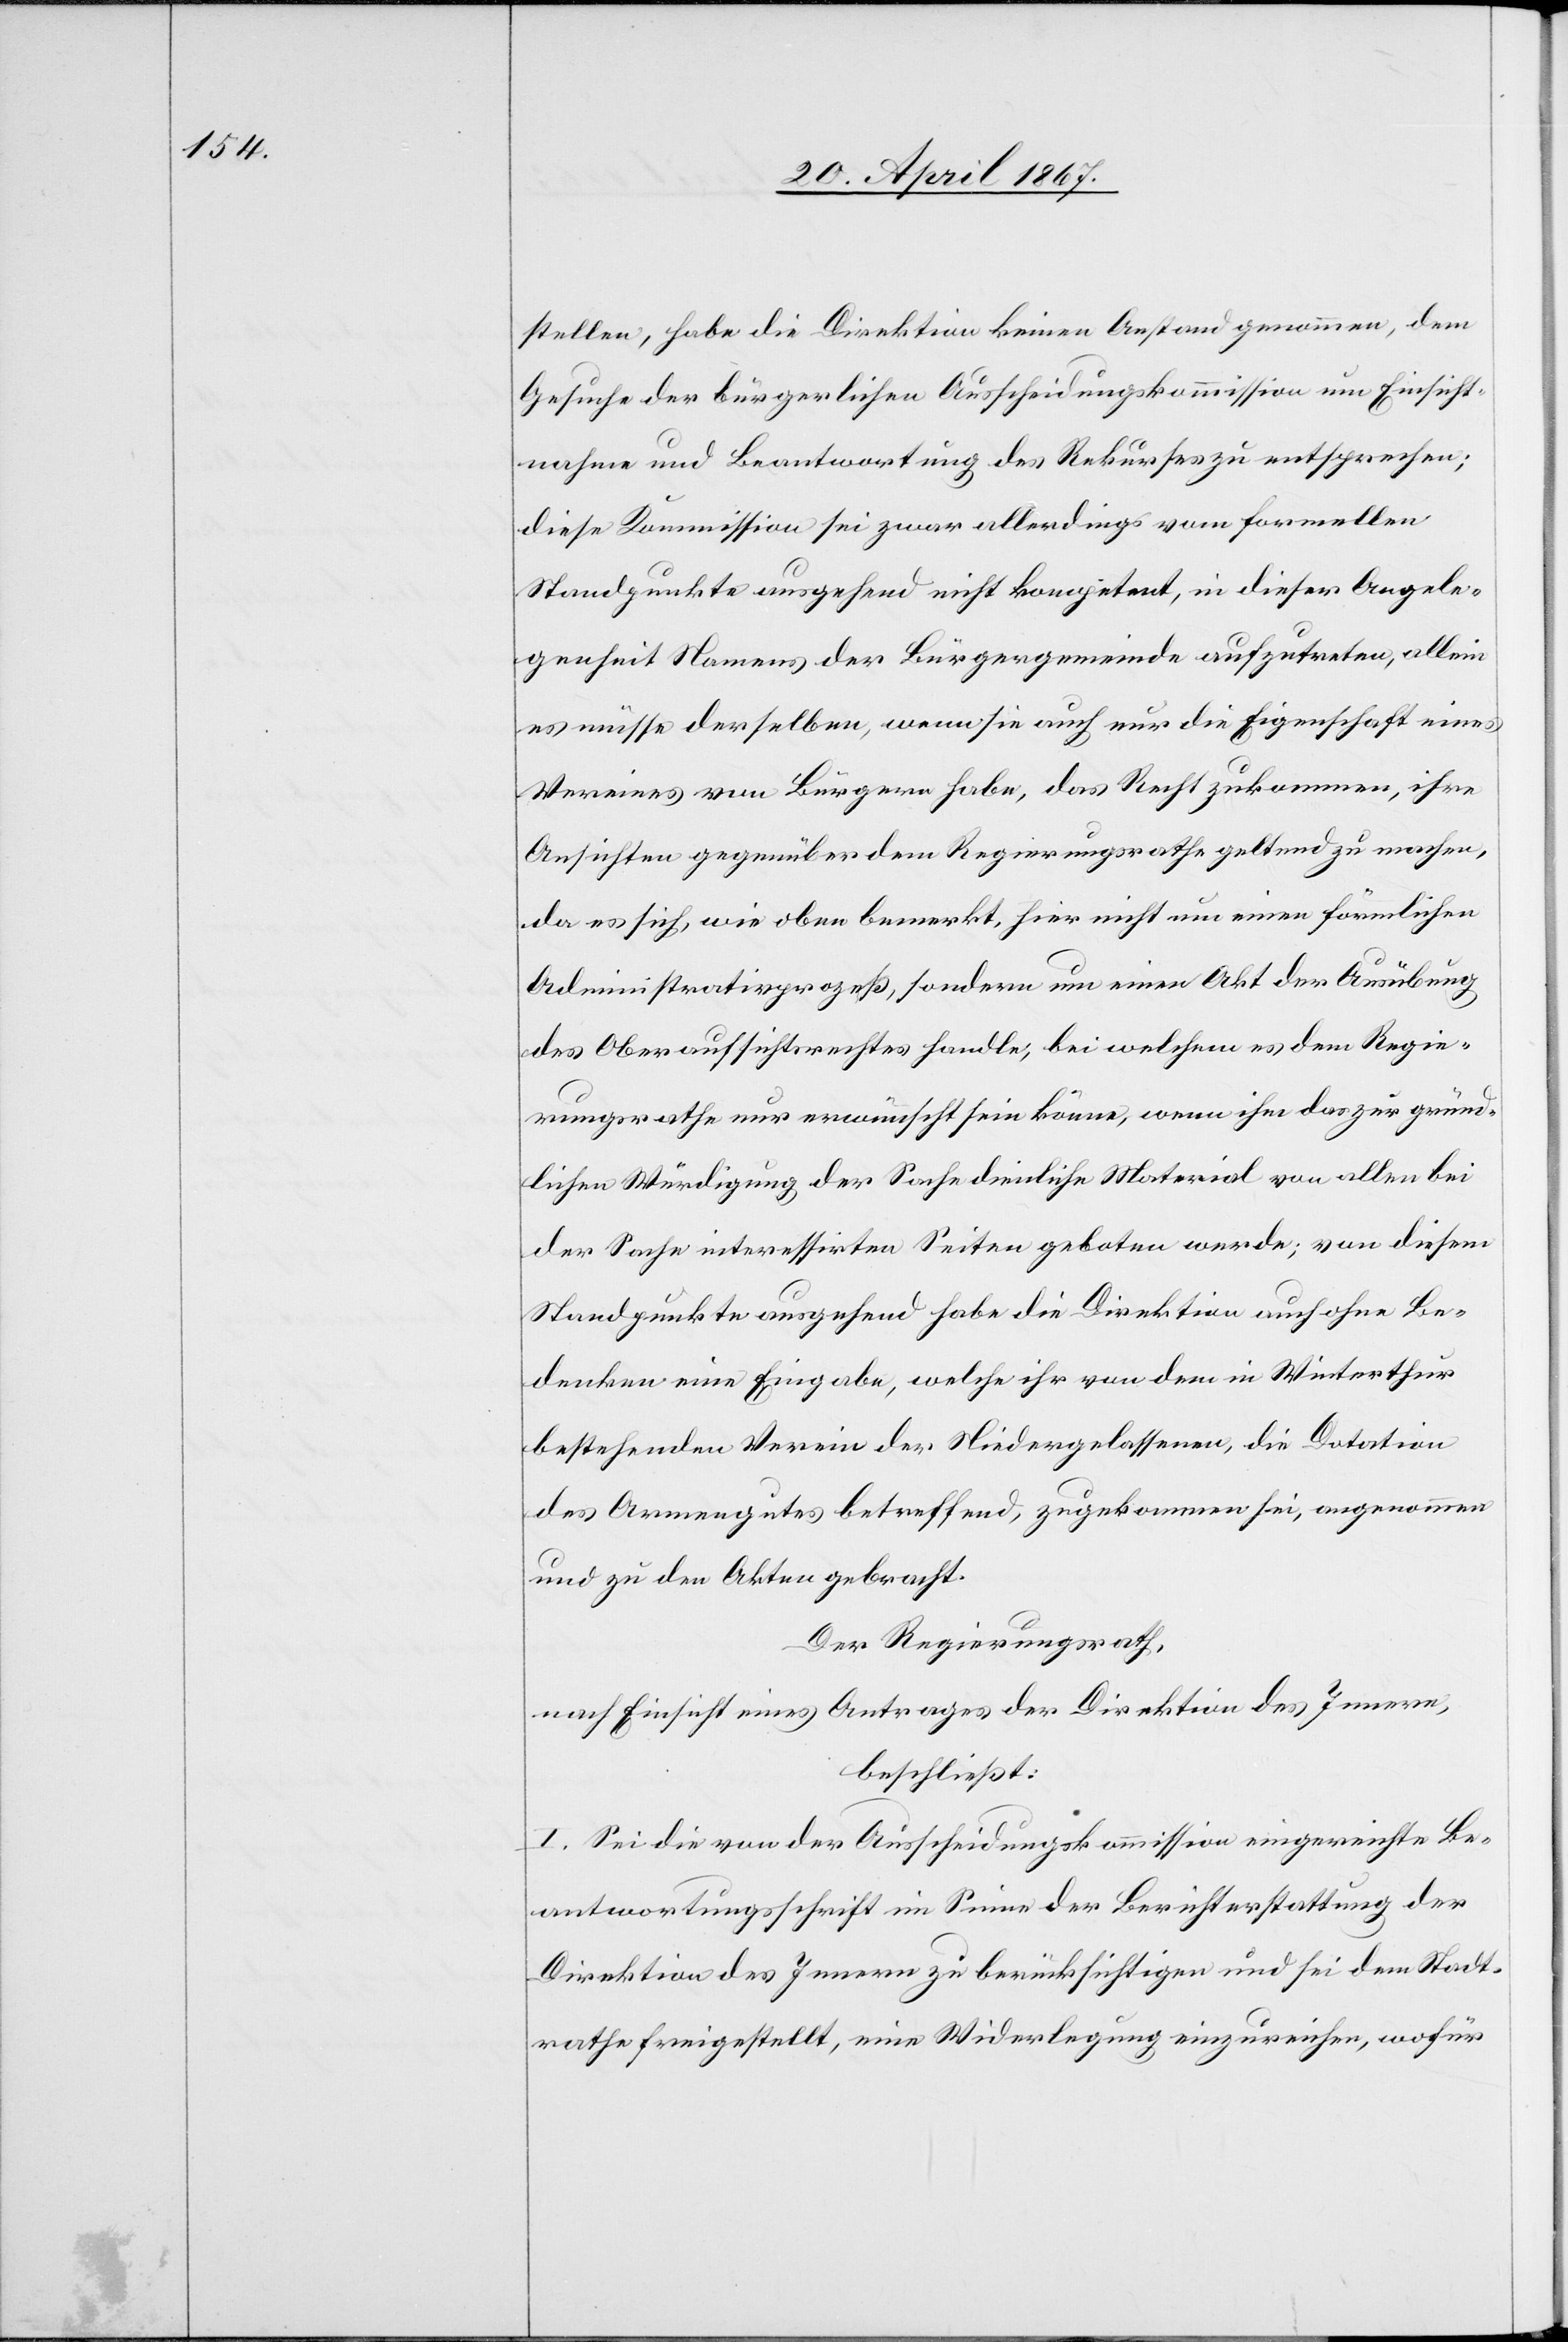
stellen, habe die Direktion keinen Anstand genommen, dem
Gesuche der bürgerlichen Ausscheidungskommission um Einsicht¬
nahme und Beantwortung des Rekurses zu entsprechen;
diese Kommission sei zwar allerdings vom formellen
Standpunkte ausgehend nicht kompetent, in dieser Angele¬
genheit Namens der Bürgergemeinde aufzutreten, allein
es müsse derselben, wenn sie auch nur die Eigenschaft eines
Vereins von Bürgern habe, das Recht zukommen, ihre
Ansichten gegenüber dem Regierungsrathe geltend zu machen,
da es sich, wie oben bemerkt, hier nicht um einen förmlichen
Administrationsprozeß, sondern um einen Akt der Ausübung
des Oberaufsichtsrechtes handle, bei welchem es dem Regie¬
rungsrathe nur erwünscht sein könne, wenn ihm das zur gründ¬
lichen Würdigung der Sache dienliche Material von allen bei
der Sache interessirten Seiten geboten werde; von diesem
Standpunkte ausgehend habe die Direktion auch ohne Be¬
denken eine Eingabe, welche ihr von dem in Winterthur
bestehenden Verein der Niedergelassenen, die Dotation
des Armengutes betreffend, zugekommen sei, angenommen
und zu den Akten gebracht.
Der Regierungsrath,
nach Einsicht eines Antrages der Direktion des Innern,
beschließt:
I. Sei die von der Ausscheidungskommission eingereichte Be¬
antwortungsschrift im Sinne der Berichterstattung der
Direktion des Innern zu berücksichtigen und sei dem Stadt¬
rathe freigestellt, eine Widerlegung einzureichen, wofür